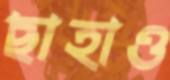
ছাহাও